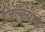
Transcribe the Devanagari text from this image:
जिल्हय़ात